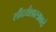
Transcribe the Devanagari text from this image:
सौंदर्यशास्त्राकडे